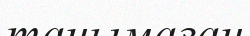
танымаған